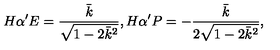
H \alpha ^ { \prime } E = \frac { \bar { k } } { \sqrt { 1 - 2 \bar { k } ^ { 2 } } } , H \alpha ^ { \prime } P = - \frac { \bar { k } } { 2 \sqrt { 1 - 2 \bar { k } ^ { 2 } } } ,